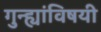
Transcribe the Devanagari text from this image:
गुन्ह्यांविषयी